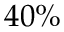
4 0 \%